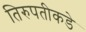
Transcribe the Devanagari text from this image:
तिरुपतीकडे